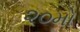
૨૦મો